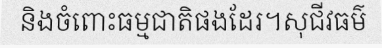
និងចំពោះធម្មជាតិផងដែរ។សុជីវធម៌